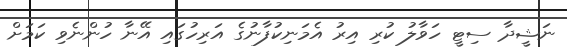
ނަޝީދާ ސިޓީ ހަވާލު ކުރި އިރު އެމަނިކުފާނުގެ އަރިހުގައި އޭނާ ހުންނެވި ކަމަށް